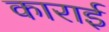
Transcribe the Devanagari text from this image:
काराई